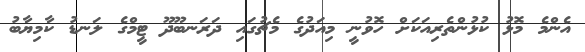
އެންމެ މޮޅު ކުޅުންތެރިއަކަށް ހޮވުނީ މިއަދުގެ މެޗުގައި ދަރަނބޫދޫ ޓީމްގެ ލަނޑު ކާމިޔާބު